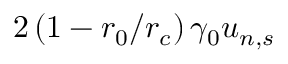
2 \left( 1 - r _ { 0 } / r _ { c } \right) \gamma _ { 0 } u _ { n , s }